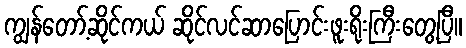
ကျွန်တော့်ဆိုင်ကယ် ဆိုင်လင်ဆာပြောင်းဖူးရိုးကြီးတွေ့ပြီ။